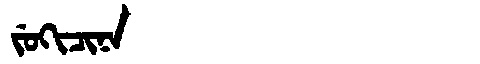
Manchu: ᠵᡠᡴᡳᠴᡳᠨᠠ
Romanization: JUKICINA